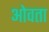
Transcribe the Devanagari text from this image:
ओवता